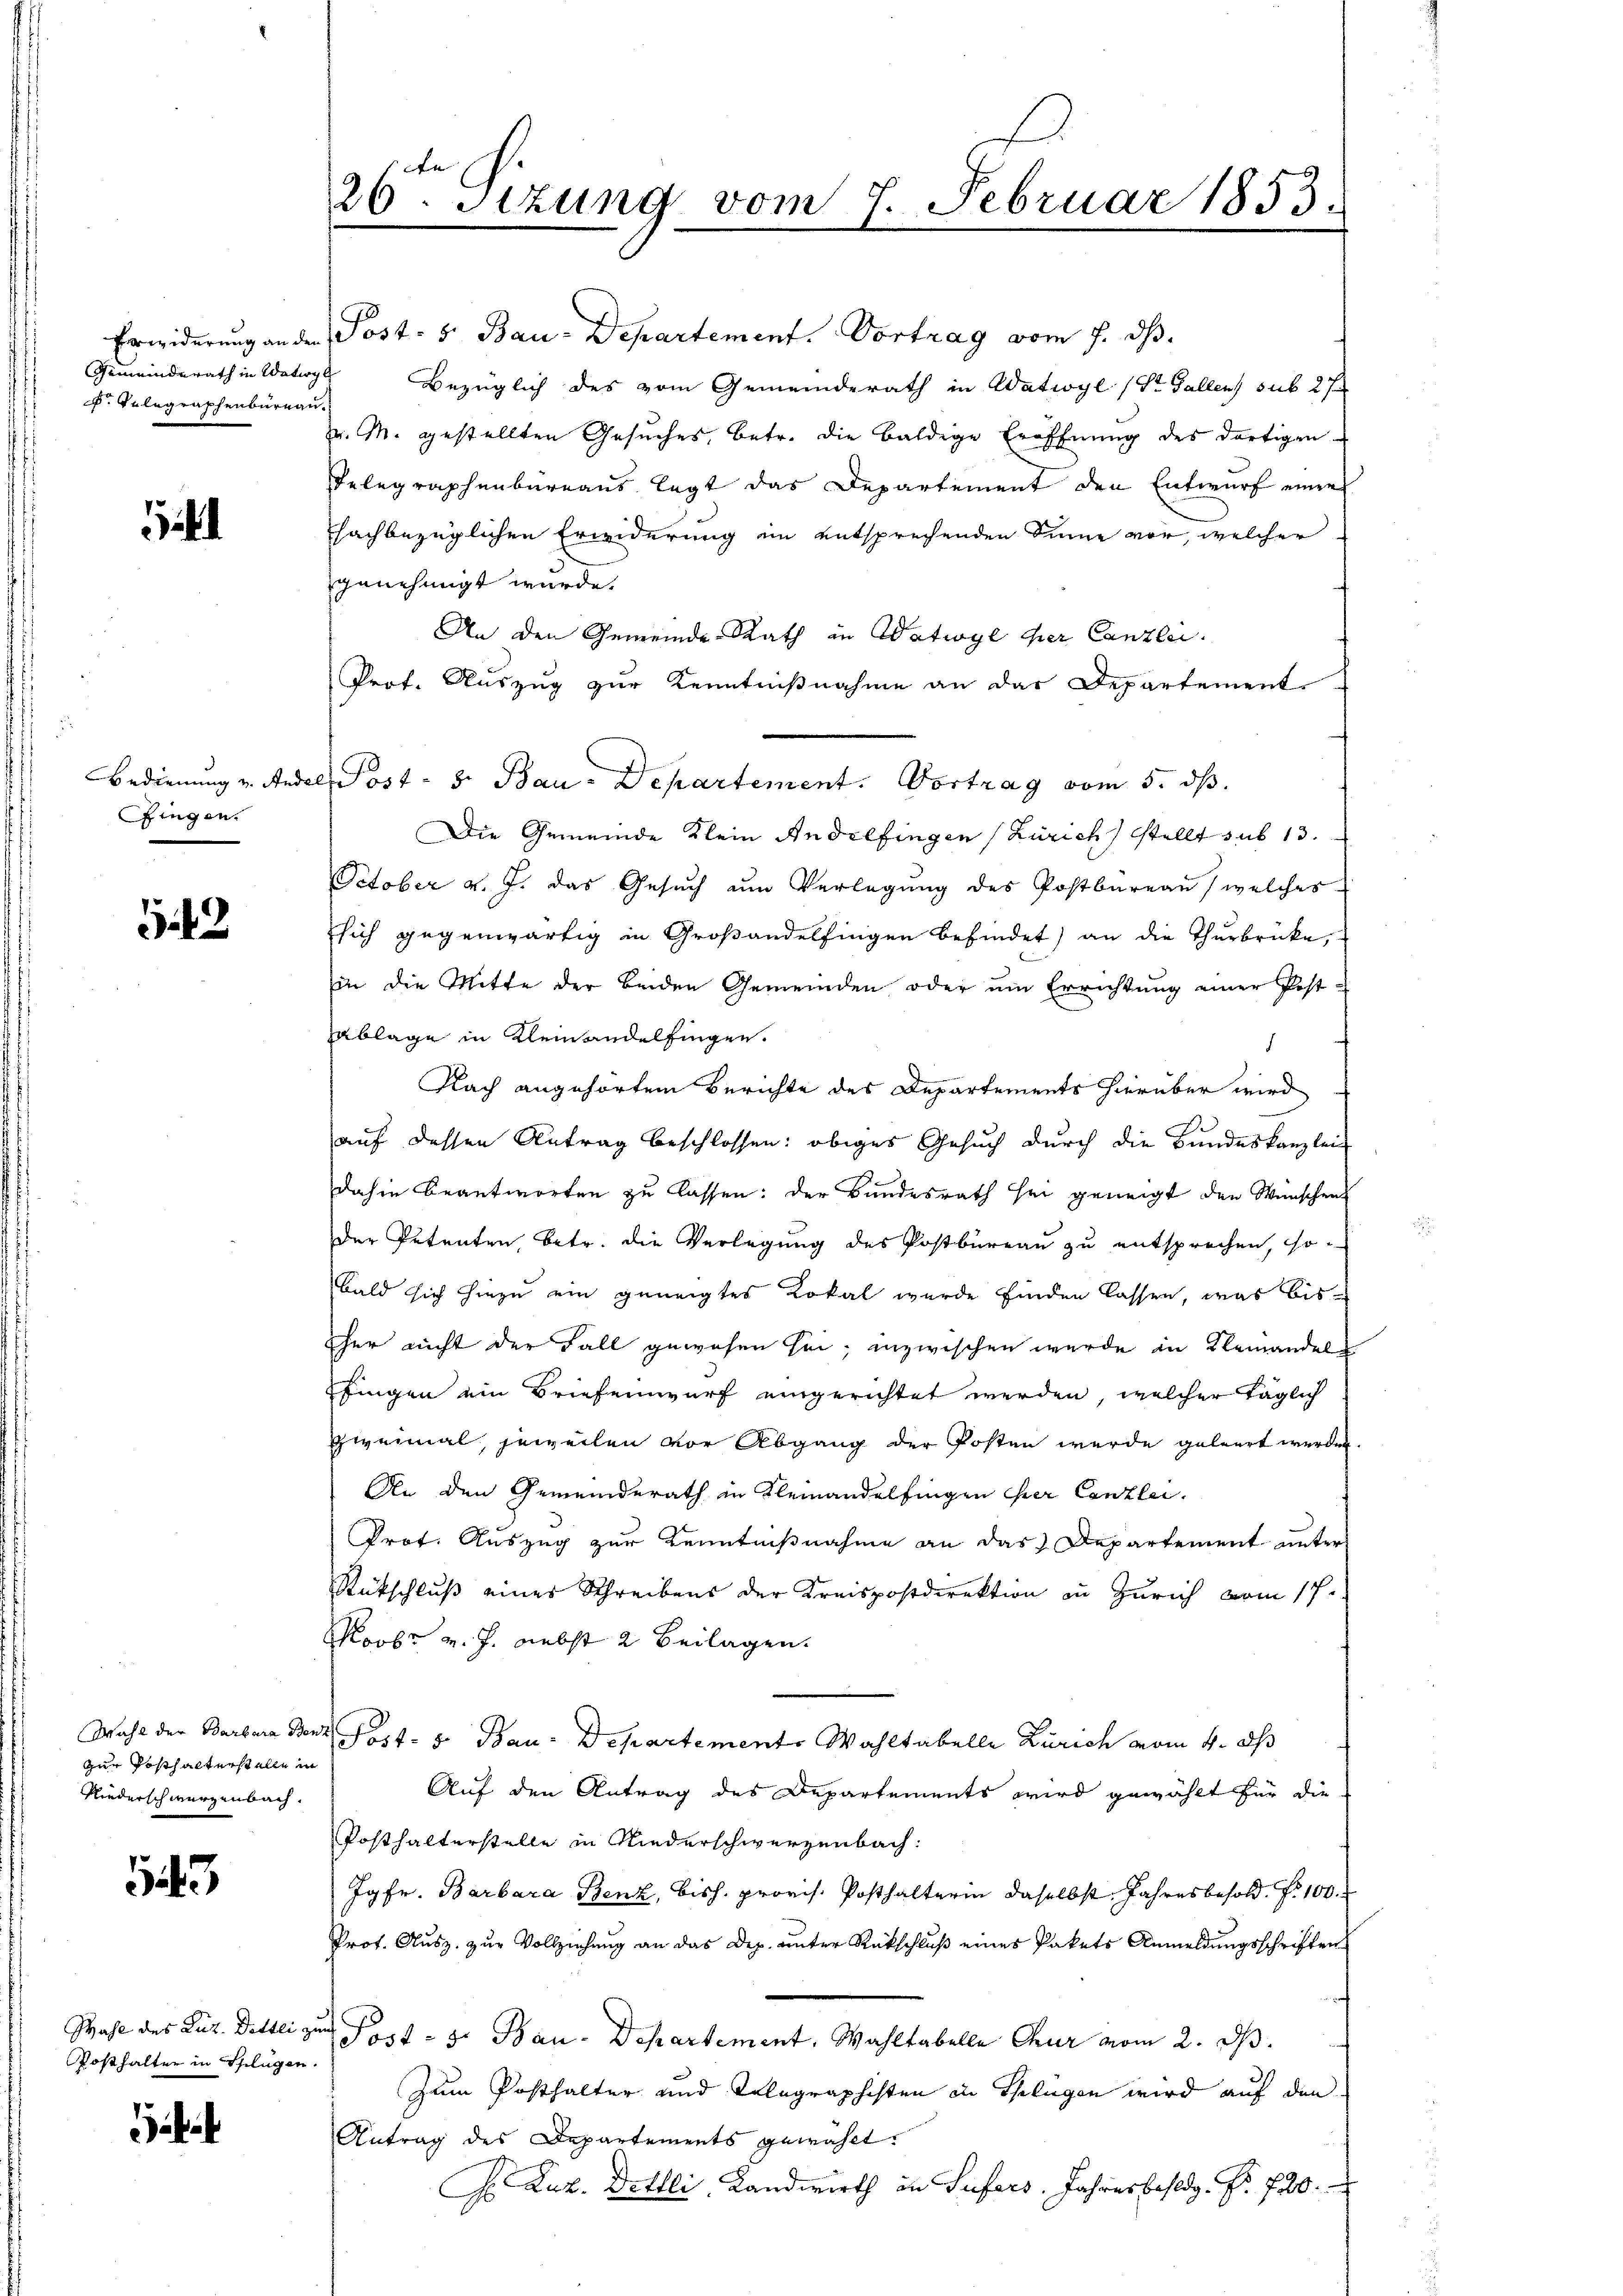
Erwiderung an den
Gemeinderath in Waterge
. Telegraphenburgau.

¬

Bedienung u. Ande
Zingen.

12

Wahl der Barbara Ben
zur Posthalterstelle in
Niederschwerzenbach.

143

Zahl des Luz. Dittli zu
Posthalter in Schlügen.

26. Sitzung vom 7. Februar 1853.
.

Post. S. Bau-Departement. Vortrag vom 7. ds.
Bezüglich des vom Gemeinderath in Watwyl (St. Gallens sub 27
v. M. gestellten Gesuches, betr. die baldige Eröffnung des dortigen
Telegraphenbureaus legt das Departement den Entwurf einen
chachbezüglichen Erwiderung im entsprechenden Sinne vor, welcher
genehmigt wurde.
An den Gemeinde Rath in Watwyl der Canzlei.
Prof. Auszug zur Kenntnißnahme an das Departement.
Die Gemeinde Klein Andelfingen (Zürich stellt sub 13.
October v. J. das Gesuch um Verlegung des Postbureau, welches
sich gegenwärtig in Großandelfingen befindet) an die Thurbrücke,
in die Mitte der beiden Gemeinden oder um Errichtung einer Post-
Ablage in Kleinandelfingen.
Nach angehörtem Berichte des Departements hierüber wird
auf dessen Antrag beschlossen: obiges Gesuch durch die Bundeskanzlei-
dahin beantworten zu lassen: der Bundesrath sei geneigt den Wünschen
der Petenten, betr. die Verlegung des Postbureau zu entsprochen, so
bald sich hiezu ein geneigtes Lokal wurde finden lassen, was bis
her nicht der Fall gewesen sei; inzwischen wurde in Alemandel
Pfingen ein Briefenwurf eingerichtet werden, welcher täglich
zweimal, jeweilen vor Abgang der Posten wurde geleert werden.
An den Gemeinderath in Klemandelfingen eher Canzlei.
Prot. Auszug zur Kenntnißnahme an das Departement unter
Rückschluß eines Schreibens der Kreispostdirektion zu Zürich vom 17.
Moor v. J. nebst 2 Beilagen.
ost- u Bau-Departement. Wahltabelle Zürich vom 4. dh
Auf den Antrag des Departements wird gewählt für die
Posthalterstelle in Niederschwerzenbach:
Jgfr. Barbara Benz, bish. provis. Posthalterin daselbst. Jahresbesold. No 100.
Prof. Ausz. zur Vollziehung an das Dep. unter Rückschluß eines Pakets Anmeldungsschriften
u Post - 5. Bau-Departement. Wahltabelle Chur vom 2. ds.
Zum Posthalter und Telegraphisten in Splügen wird auf den
Antrag des Departements gewählt.
H. Luz. Dettli Landwirth in Sufers. Jahresbestig. Nr. 720.

Post- u. Bau-Departement. Vortrag vom 5. ds.